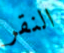
النقر